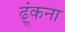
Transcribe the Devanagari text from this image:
ढ़ूंकना